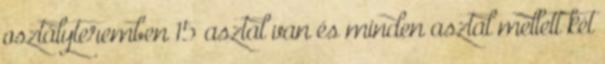
osztályteremben 15 asztal van és minden asztal mellett két